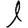
Digit: 1